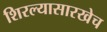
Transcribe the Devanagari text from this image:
शिरल्यासारखेच